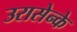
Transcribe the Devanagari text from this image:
उरासेन्के